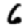
Digit: 6